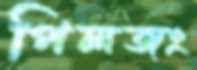
পিলজং